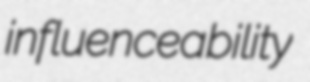
influenceability